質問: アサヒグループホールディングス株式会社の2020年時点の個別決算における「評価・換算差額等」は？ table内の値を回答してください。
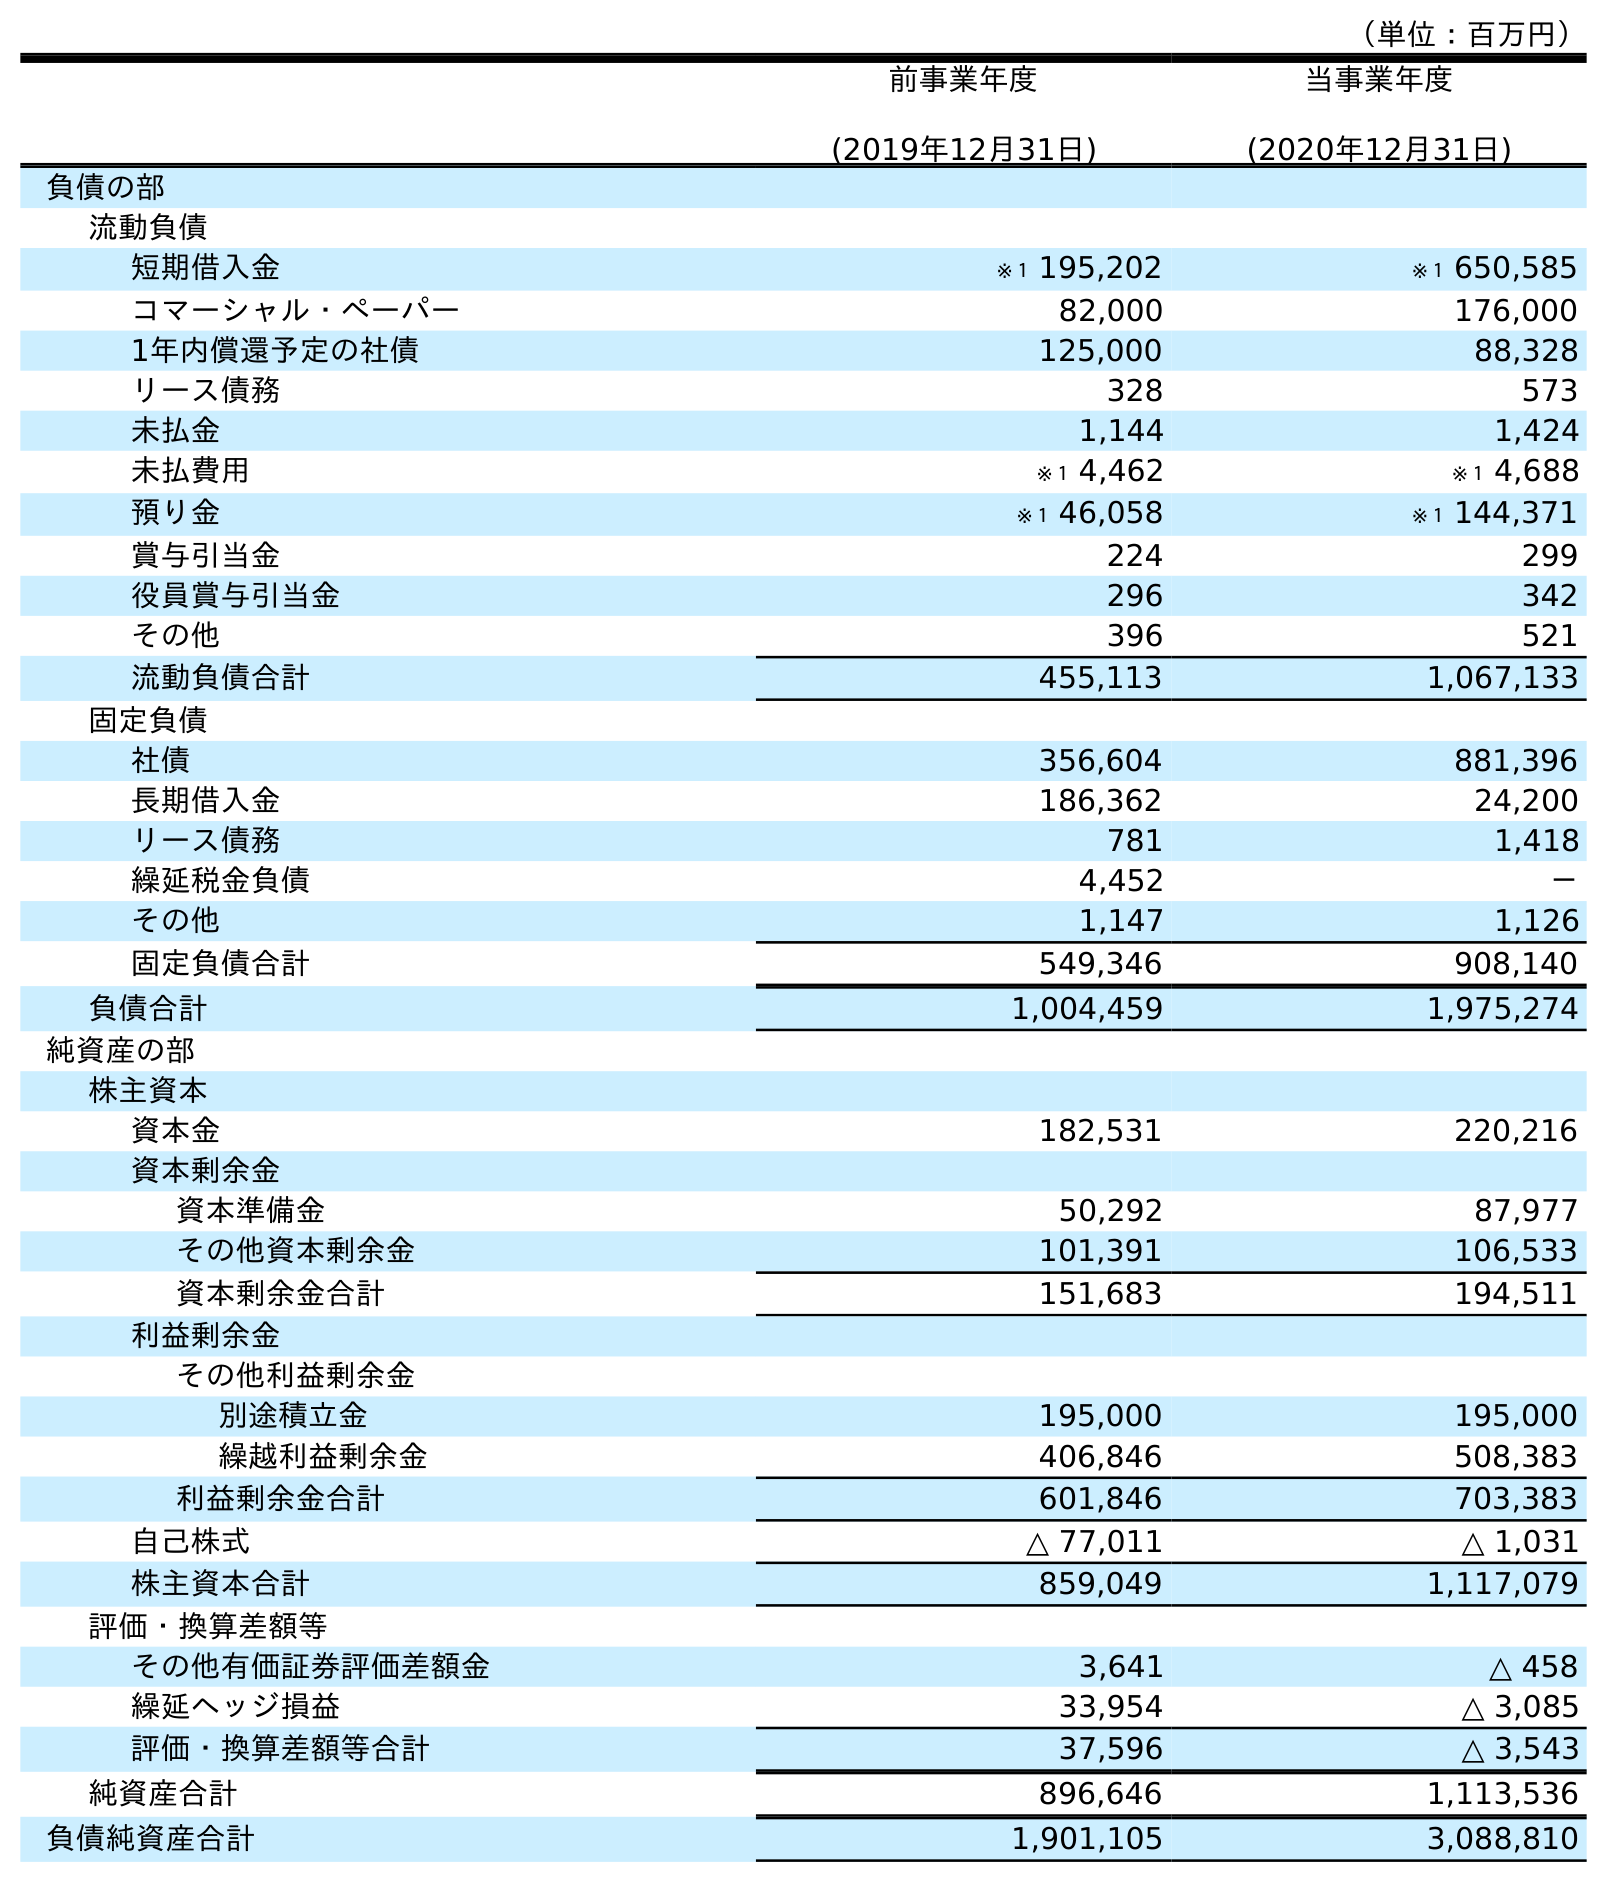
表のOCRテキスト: （単位：百万円） 前事業年度 (2019年12月31日) 当事業年度 (2020年12月31日) 負債の部 流動負債 短期借入金 ※１ 195,202 ※１ 650,585 コマーシャル・ペーパー 82,000 176,000 1年内償還予定の社債 125,000 88,328 リース債務 328 573 未払金 1,144 1,424 未払費用 ※１ 4,462 ※１ 4,688 預り金 ※１ 46,058 ※１ 144,371 賞与引当金 224 299 役員賞与引当金 296 342 その他 396 521 流動負債合計 455,113 1,067,133 固定負債 社債 356,604 881,396 長期借入金 186,362 24,200 リース債務 781 1,418 繰延税金負債 4,452 － その他 1,147 1,126 固定負債合計 549,346 908,140 負債合計 1,004,459 1,975,274 純資産の部 株主資本 資本金 182,531 220,216 資本剰余金 資本準備金 50,292 87,977 その他資本剰余金 101,391 106,533 資本剰余金合計 151,683 194,511 利益剰余金 その他利益剰余金 別途積立金 195,000 195,000 繰越利益剰余金 406,846 508,383 利益剰余金合計 601,846 703,383 自己株式 △ 77,011 △ 1,031 株主資本合計 859,049 1,117,079 評価・換算差額等 その他有価証券評価差額金 3,641 △ 458 繰延ヘッジ損益 33,954 △ 3,085 評価・換算差額等合計 37,596 △ 3,543 純資産合計 896,646 1,113,536 負債純資産合計 1,901,105 3,088,810
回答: △3,543